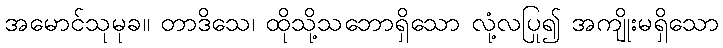
အမောင်သုမုခ။ တာဒိသေ၊ ထိုသို့သဘောရှိသော လုံ့လပြု၍ အကျိုးမရှိသော